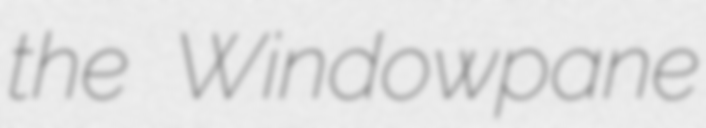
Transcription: the Windowpane